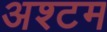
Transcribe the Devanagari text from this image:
अश्टम